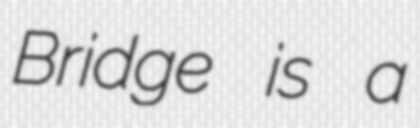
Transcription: Bridge is a